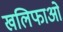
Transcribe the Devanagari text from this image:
खलिफाओं